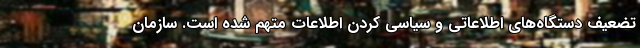
تضعیف دستگاه‌های اطلاعاتی و سیاسی کردن اطلاعات متهم شده است. سازمان